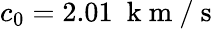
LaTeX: c_{0}=2.01~\mathrm{~k~m~}/\mathrm{~s~}